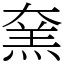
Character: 㚠